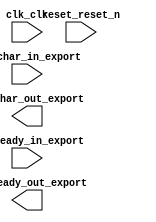

module SistemaEmbarcadoChaCha20 (
	clk_clk,
	pio_char_in_export,
	pio_char_out_export,
	pio_ready_in_export,
	pio_ready_out_export,
	reset_reset_n);	

	input		clk_clk;
	input	[7:0]	pio_char_in_export;
	output	[7:0]	pio_char_out_export;
	input	[1:0]	pio_ready_in_export;
	output	[1:0]	pio_ready_out_export;
	input		reset_reset_n;
endmodule